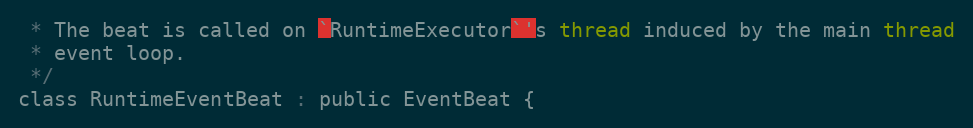
Language: C
 * The beat is called on `RuntimeExecutor`'s thread induced by the main thread
 * event loop.
 */
class RuntimeEventBeat : public EventBeat {